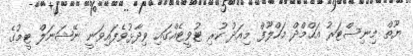
ޔޫތް މިނިސްޓަރު އަހްމްދް މަހްލޫފް މިއަދު ކުރި ޓުވީޓެއްގައި ވިދާޅުވެފައިވަނީ ނޭޝަނަލް ޓީމުގެ